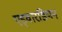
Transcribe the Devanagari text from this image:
एड्वारडियन